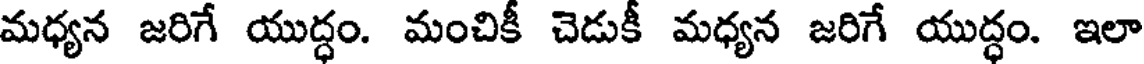
మధ్యన జరిగే యుద్ధం. మంచికీ చెడుకీ మధ్యన జరిగే యుద్ధం. ఇలా